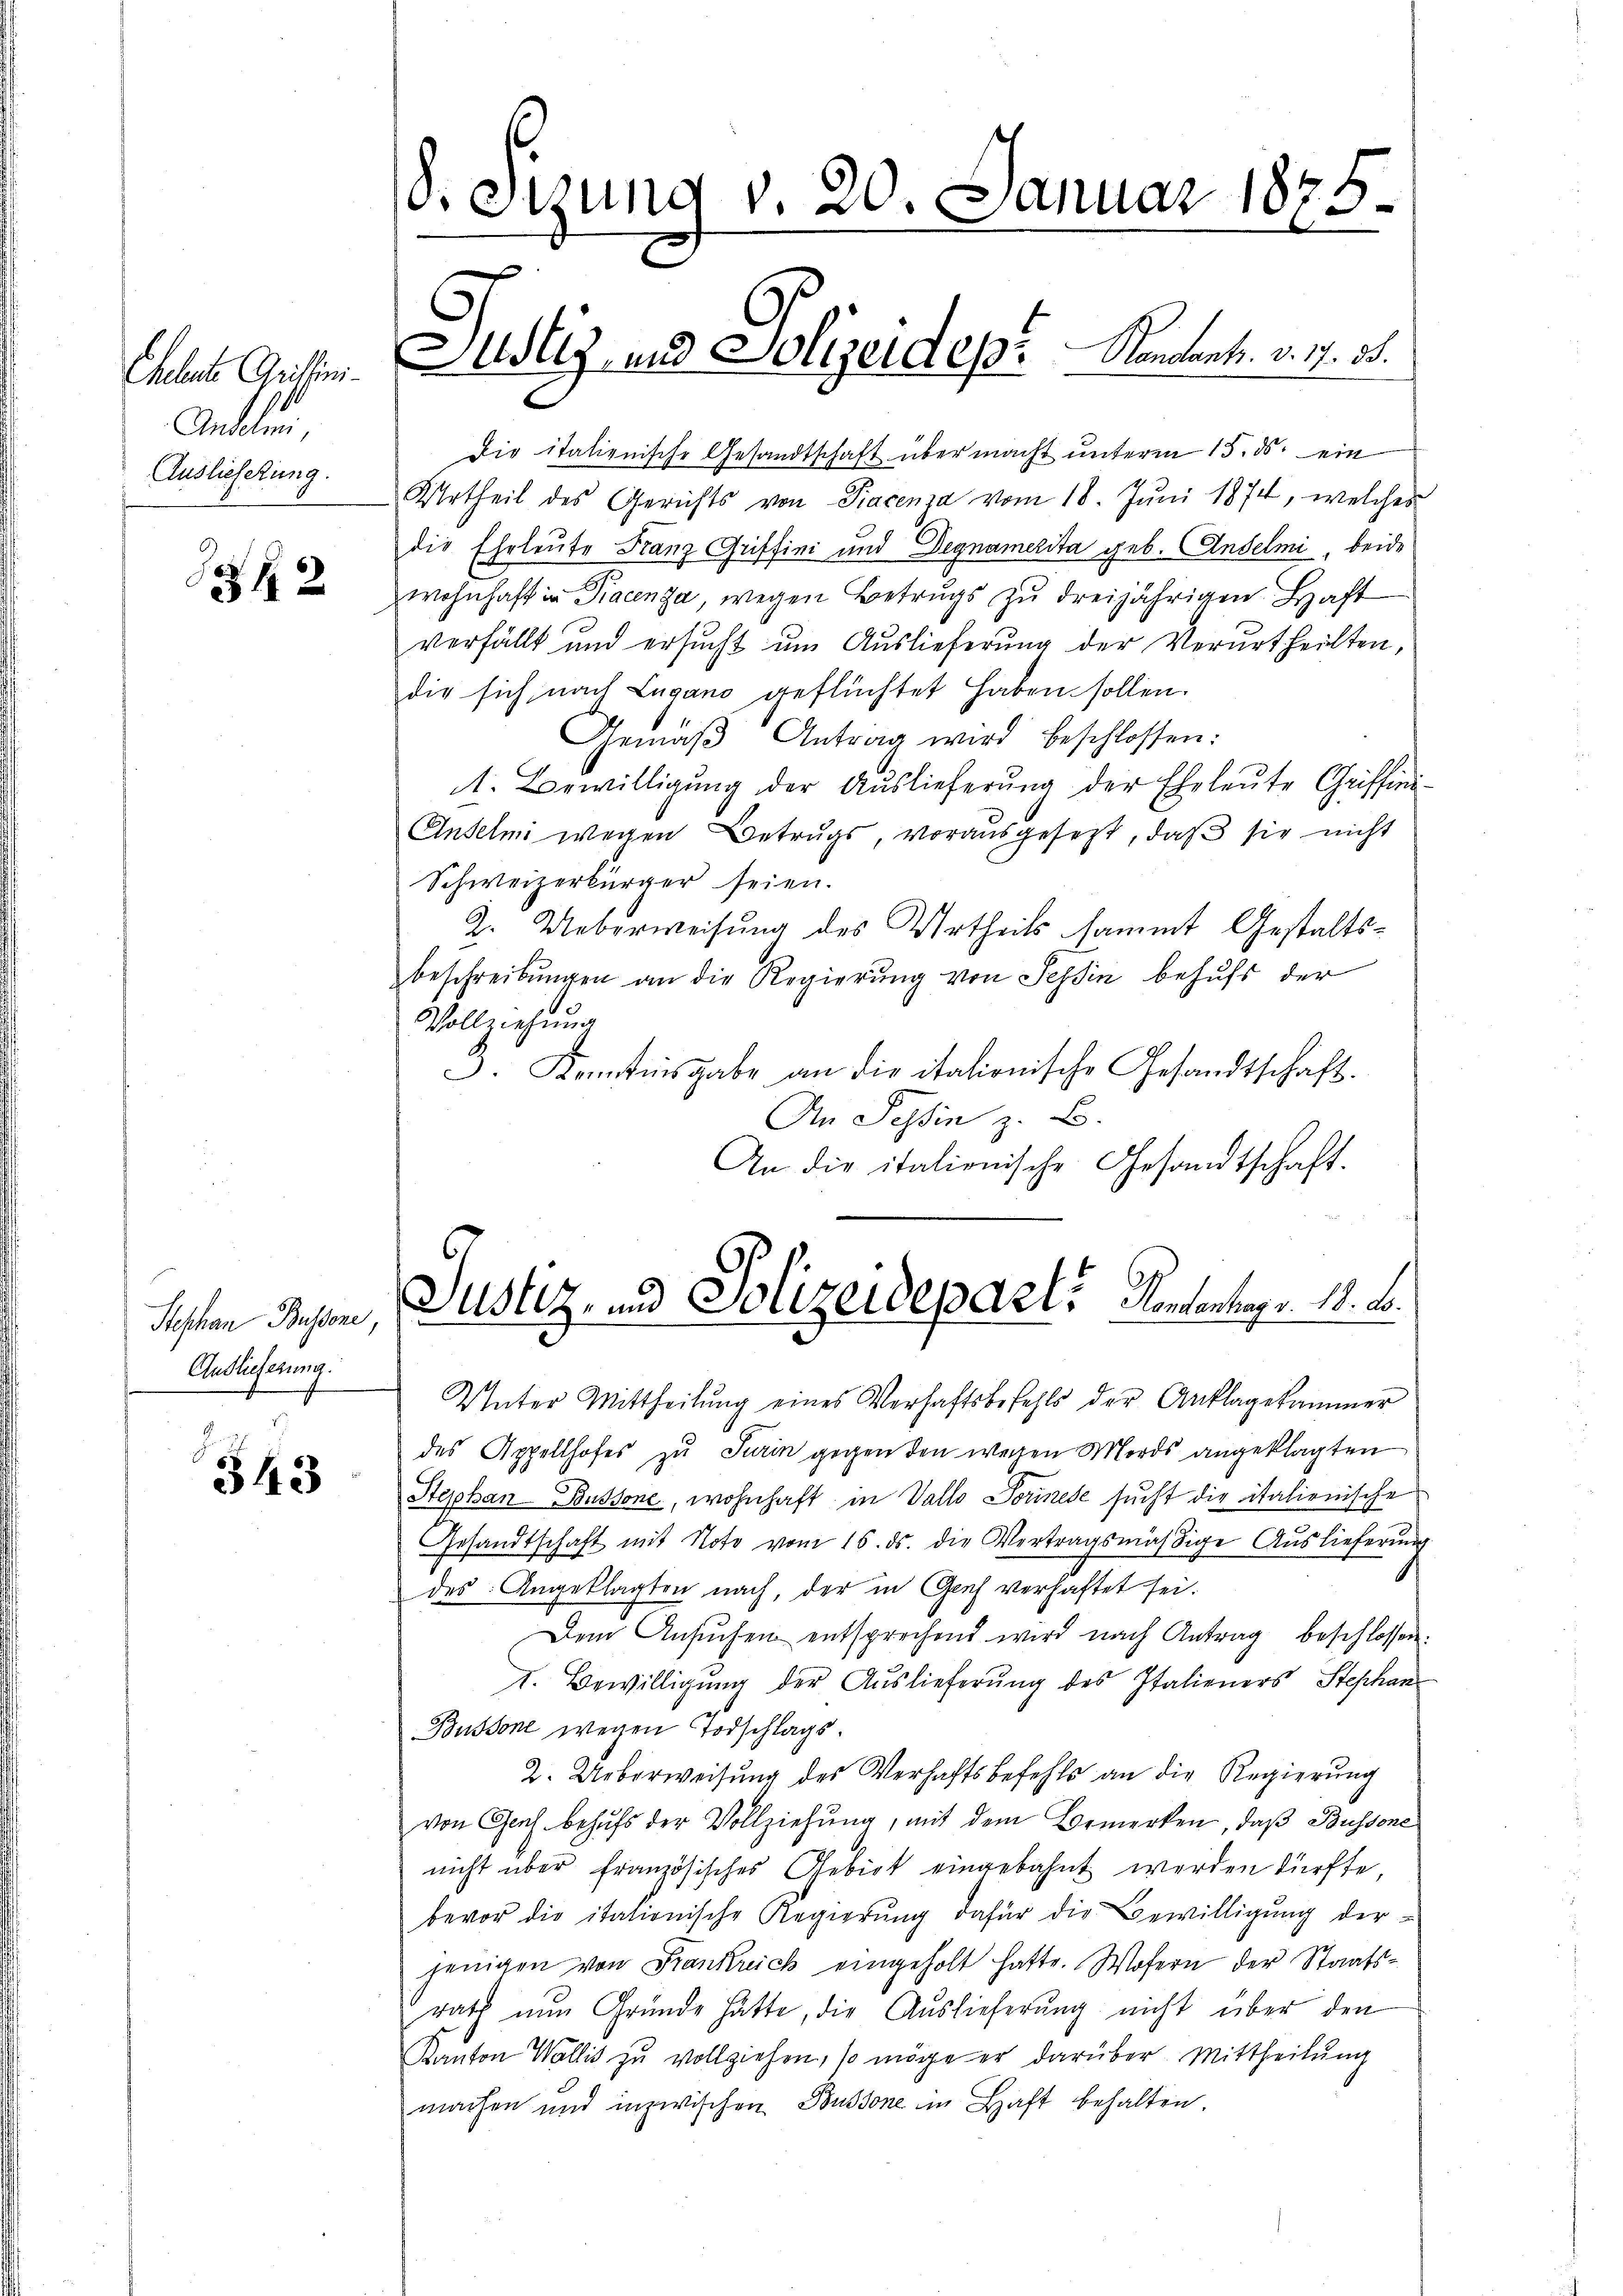
Cheleute Grithini
Antalen,
Auslieferung.

12

Stephan Bussene,
Anslieferung.

343

Stzung v. 20. Januar 1875.

Justiz- und Polizeidep. Kantons. v. 7. d.

Die italienische Gesandtschaft übermacht unterm 15. ds. ein
Urtheil des Gerichts von Piacenza vom 18. Juni 1874, welches
die Eheleute Franz Griffini und Degnamerita geb. Andelmi, beide
wohnhaft in Diacenza, wegen Betrugs zu dreijährigen Haft
verfällt und ersucht um Auslieferung der Verurtheilten,
die sich nach Lugano geflüchtet haben sollen.
Gemäβ Antrag wird beschlossen:
1. Bewilligŭng der Aŭslieferŭng der Eheleŭte Griffini-
Anselmi wegen Betrugs, vorausgesetzt, daß sie nicht
Schweizerbürger seien.
2. Ueberweisung des Urtheils sammt Gestaltsbeschreibŭngen an die Regierŭng von Tessin behufs der
Vollziehung
3. Kenntnisgabe an die italionische Gesandtschaft.
An Tessin z. B.
An die italienische Gesandtschaft.
Justiz- und Polizeidepart. Kantentepr. 18. b.
Unter Mittheilung eines Verhaftsbefehls der Anklagekammer
des Appellhofes zu Turin gegen den wegen Mords angeklagten
Stephan-Poussone, wohnhaft in Vallo Porinese sucht die italienische
Gesandtschaft mit Note vom 16. ds. die Vertragsmäßige Auslieferung
des Angeklagten nach, der in Genf verhaftet sei.
Dem Ansŭchen entsprechend wird nach Antrag beschlossen.
1. Bewilligung der Auslieferung des Italieners Stephan
Bussone wegen Todschlags.
2. Ueberweisung des Verhaftsbefehls an die Regierŭng
von Genf behufs der Vollziehung, mit dem Bemerken, daß Bussone
nicht über französisches Gebiet eingebahnt werden dürfte
bevor die itationische Regierŭng dafür die Bewilligŭng der-
jenigen von Frankreich eingeholt hatte. Wofern der Staats-
rath nun Gründe hätte, die Auslieferung nicht über den
Kanton Wallis zu vollziehen, so möge er darüber. Mittheilung
machen und inzwischen Bussone in Haft behalten